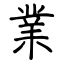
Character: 業